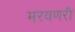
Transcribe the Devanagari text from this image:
मरवणरी